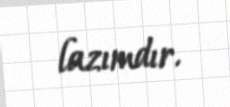
lazımdır.